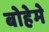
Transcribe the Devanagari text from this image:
बोहेमे